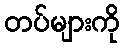
တပ်များကို